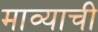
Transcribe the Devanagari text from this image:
माव्याची